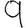
Digit: 9